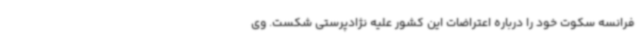
فرانسه سکوت خود را درباره اعتراضات این کشور علیه نژادپرستی شکست. وی